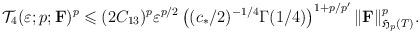
\begin{align*}\mathcal{T}_4(\varepsilon ;p; {\mathbf F})^p \leqslant(2C_{13})^p \varepsilon ^{p/2} \left( (c_*/2)^{-1/4}\Gamma (1/4)\right)^{1+p/p'}\Vert \mathbf{F}\Vert ^p_{\mathfrak{H}_p(T)}.\end{align*}